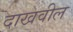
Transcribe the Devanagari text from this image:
दाखवील